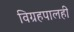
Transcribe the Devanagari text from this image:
विग्रहपालही